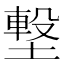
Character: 𡐊